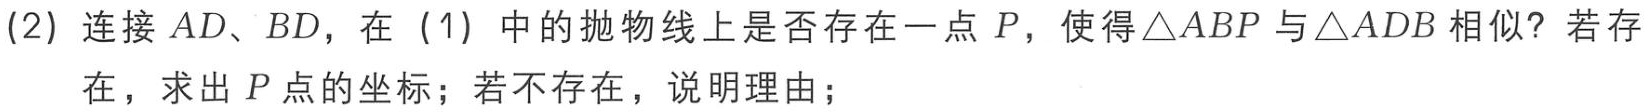
(2) 连接 \(AD、BD\)，在（1）中的抛物线上是否存在一点 \(P\)，使得\(\triangle ABP\)与\(\triangle ADB\)相似？若存在，求出 \(P\) 点的坐标；若不存在，说明理由；